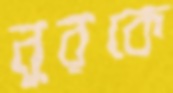
নুরকে